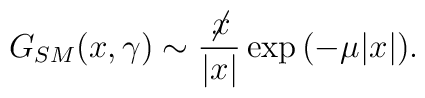
G_{SM}(x,\gamma)\sim \frac{\not\! x}{|x|} \exp {(-\mu |x|)}.